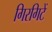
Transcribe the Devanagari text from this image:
गिरगिटें